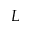
L